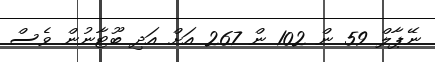
ނޭޕާލް 59 ން 102 ން 267 އަށް އަދި ބޫޓާނުން ވެސް